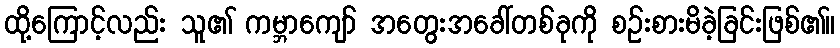
ထို့ကြောင့်လည်း သူ၏ ကမ္ဘာကျော် အတွေးအခေါ်တစ်ခုကို စဉ်းစားမိခဲ့ခြင်းဖြစ်၏။